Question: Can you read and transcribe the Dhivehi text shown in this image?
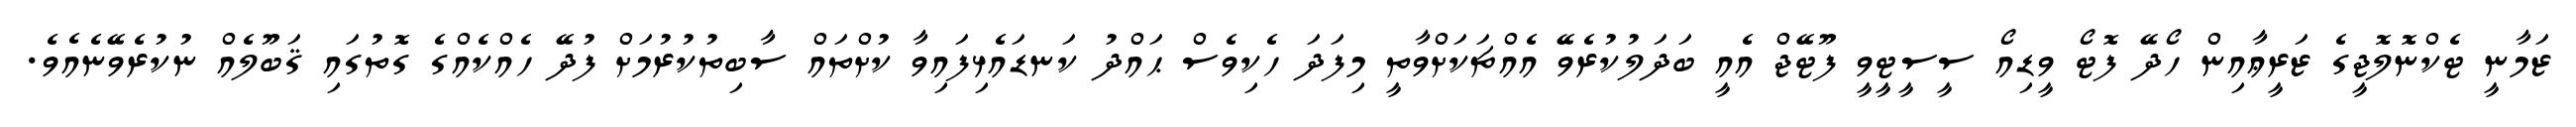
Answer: ޒަމާނީ ޓެކްނޮލޮޖީގެ ޒަރީޢާއިން ހޯދޭ ފޮޓޯ ވީޑިއޯ ސީސީޓީވީ ފޫޓޭޖް އެއީ ބަދަލުކުރެވޭ އެއްޗަކަށްވާތީ މިފަދަ ހެކިވެސް ޙައްދު ކަނޑައެޅިފައިވާ ކުށްތައް ސާބިތުކުރުމަށް ފުދޭ ހެއްކެއްގެ ގޮތުގައި ޤަބޫލެއް ނުކުރެވޭނެއެވެ.